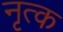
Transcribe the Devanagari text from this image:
नृत्क